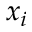
x _ { i }